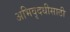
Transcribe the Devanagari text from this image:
अभिवृदधीसाठी